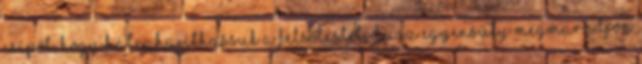
csípőt, hogy hátrahajíthassuk a felsőtestet, de az egyensúly megmaradjon